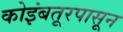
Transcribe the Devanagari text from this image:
कोइंबतूरपासून